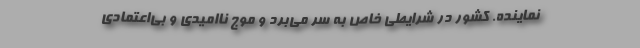
نماینده. كشور در شرایطی خاص به سر می‌برد و موج ناامیدی و بی‌اعتمادی